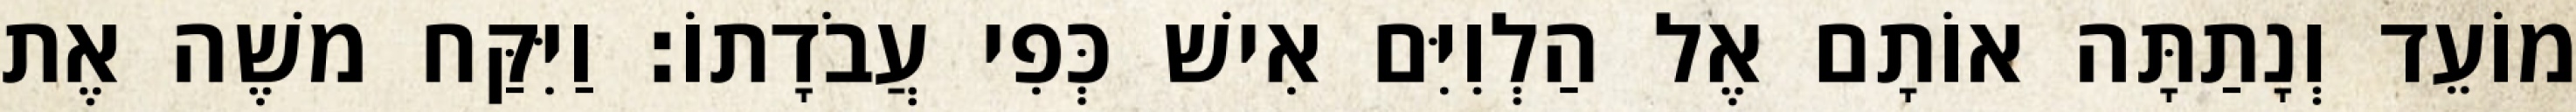
מוֹעֵד וְנָתַתָּה אוֹתָם אֶל הַלְוִיִּם אִישׁ כְּפִי עֲבֹדָתוֹ׃ וַיִּקַּח משֶׁה אֶת